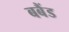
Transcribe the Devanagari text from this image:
बबैंड